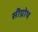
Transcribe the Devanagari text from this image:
सीग्रोथ